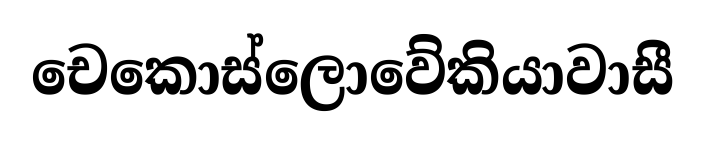
චෙකොස්ලොවේකියාවාසී